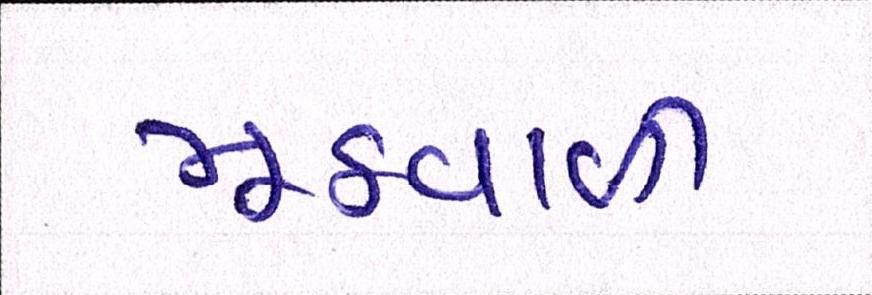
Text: મૂઠવાળી